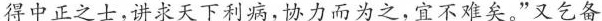
得中正之士，讲求天下利病，协力而为之，宜不难矣。”又乞备